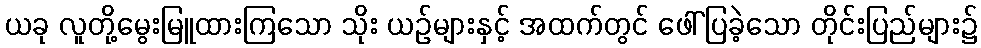
ယခု လူတို့မွေးမြူထားကြသော သိုး ယဉ်များနှင့် အထက်တွင် ဖေါ်ပြခဲ့သော တိုင်းပြည်များ၌